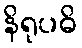
နိရုပဓိ